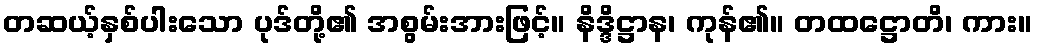
တဆယ့်နှစ်ပါးသော ပုဒ်တို့၏ အစွမ်းအားဖြင့်။ နိဒ္ဒိဋ္ဌာန၊ ကုန်၏။ တထဋ္ဌောတိ၊ ကား။